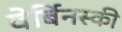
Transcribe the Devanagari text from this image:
वेर्बिनस्की